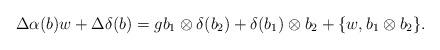
LaTeX: \begin{align*}\Delta\alpha(b)w+\Delta\delta(b)=gb_1\otimes \delta(b_2)+\delta(b_1)\otimes b_2+\{w, b_1\otimes b_2\}.\end{align*}